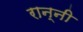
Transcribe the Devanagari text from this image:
रान्नी